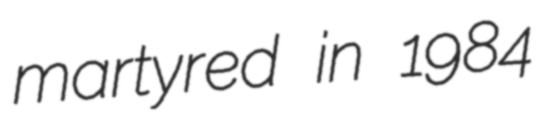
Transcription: martyred in 1984